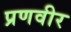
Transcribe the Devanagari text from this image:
प्रणवीर